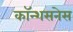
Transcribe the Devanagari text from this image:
कॉन्शसनेस